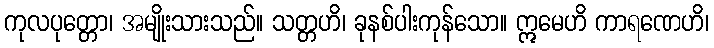
ကုလပုတ္တော၊ အမျိုးသားသည်။ သတ္တဟိ၊ ခုနစ်ပါးကုန်သော။ ဣမေဟိ ကာရဏေဟိ၊